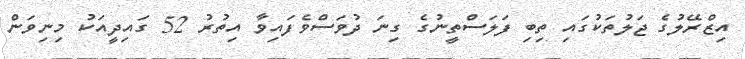
އިޒްރޭލުގެ ޖަލުތަކުގައި ތިބި ފަލަސްތީނުގެ ގިނަ ދުވަސްވެފައިވާ އިތުރު 52 ގައިދީއަކު މިނިވަން